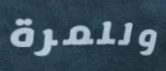
وللمرة